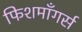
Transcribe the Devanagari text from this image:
फिशमॉंगर्स